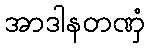
အာဒါနတဏှံ